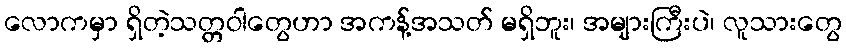
လောကမှာ ရှိတဲ့သတ္တဝါတွေဟာ အကန့်အသတ် မရှိဘူး၊ အများကြီးပဲ၊ လူသားတွေ